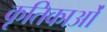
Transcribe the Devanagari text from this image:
कृतिकाओं